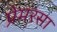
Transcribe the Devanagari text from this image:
प्रेमरसा